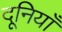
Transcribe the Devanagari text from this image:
दूनियाँ